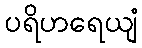
ပရိဟရေယျံ